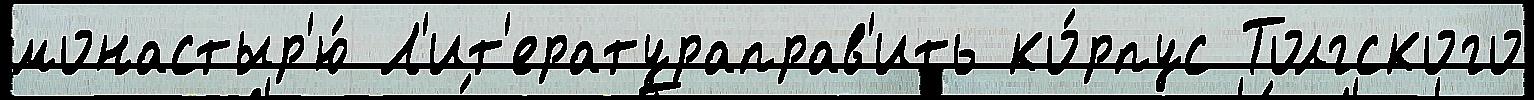
монастыр'ю́ Л'ит'ератураправ'ить ко́рпус Толгского